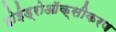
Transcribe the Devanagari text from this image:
होईड्रोऑक्सीकरण